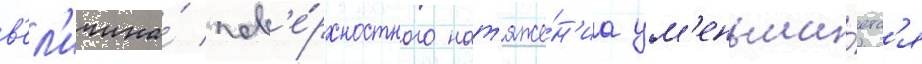
в'ел'ичина́ пов'е́рхностного нат'яже́н'иа ум'еньша́етс'я